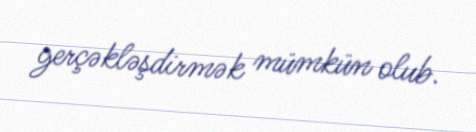
gerçəkləşdirmək mümkün olub.